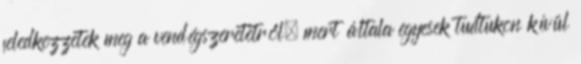
feledkezzetek meg a vendégszeretetről, mert általa egyesek tudtukon kívül